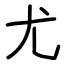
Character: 尤